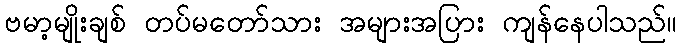
ဗမာ့မျိုးချစ် တပ်မတော်သား အများအပြား ကျန်နေပါသည်။